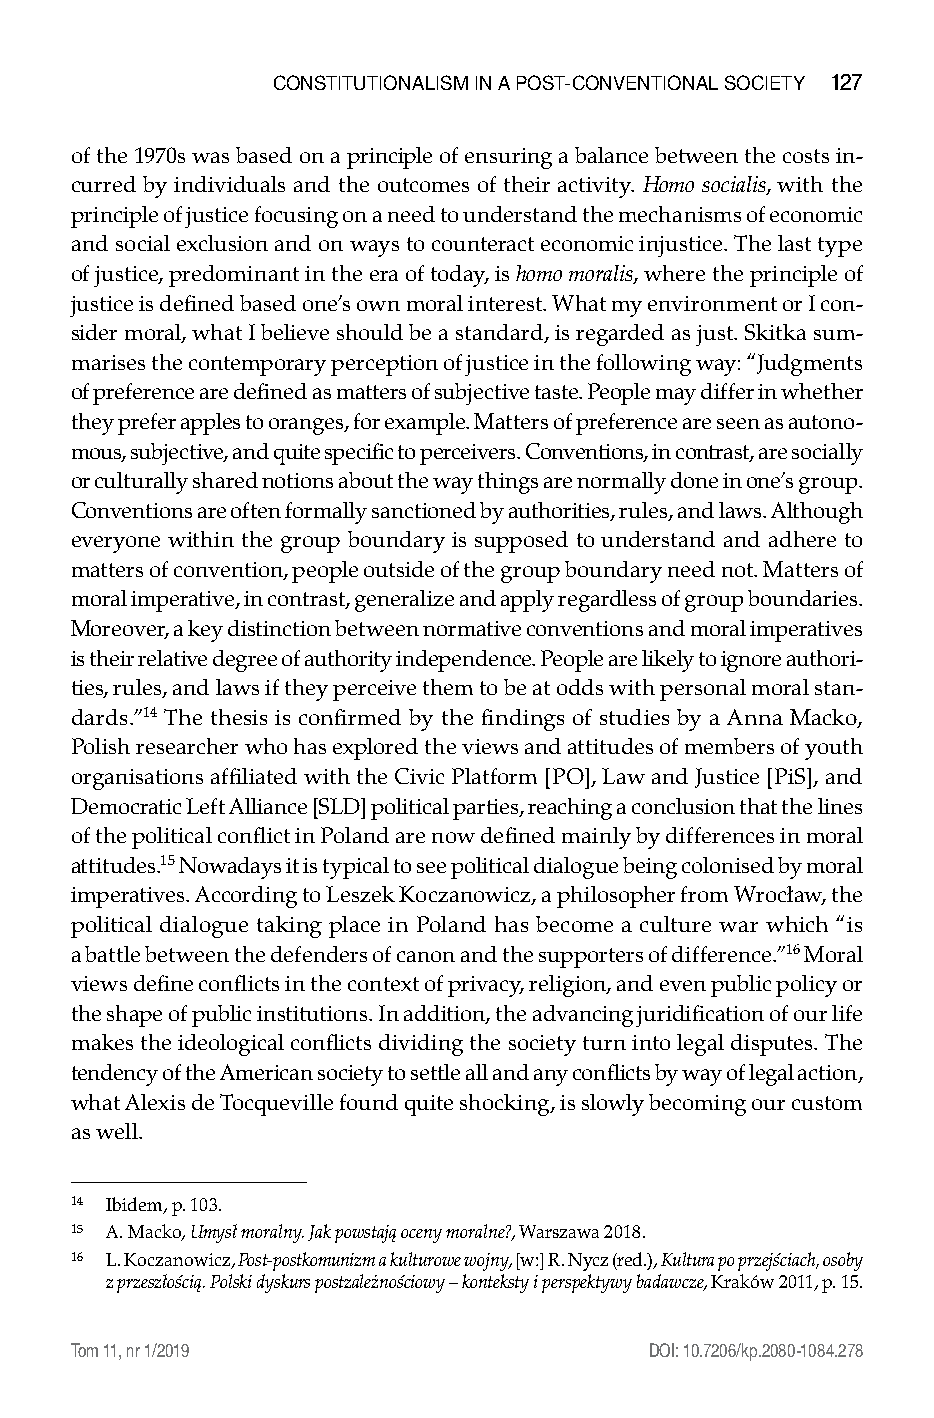
constitutionalisM in a Post-conventional society 127
 of the 1970s was based on a principle of ensuring a balance between the costs in-
 curred by individuals and the outcomes of their activity. Homo socialis, with the
 principle of justice focusing on a need to understand the mechanisms of economic
 and social exclusion and on ways to counteract economic injustice. The last type
 of justice, predominant in the era of today, is homo moralis, where the principle of
 justice is defined based one’s own moral interest. What my environment or I con-
 sider moral, what I believe should be a standard, is regarded as just. Skitka sum-
 marises the contemporary perception of justice in the following way: “Judgments
 of preference are defined as matters of subjective taste. People may differ in whether
 they prefer apples to oranges, for example. Matters of preference are seen as autono-
 mous, subjective, and quite specific to perceivers. Conventions, in contrast, are socially
 or culturally shared notions about the way things are normally done in one’s group.
 Conventions are often formally sanctioned by authorities, rules, and laws. Although
 everyone within the group boundary is supposed to understand and adhere to
 matters of convention, people outside of the group boundary need not. Matters of
 moral imperative, in contrast, generalize and apply regardless of group boundaries.
 Moreover, a key distinction between normative conventions and moral imperatives
 is their relative degree of authority independence. People are likely to ignore authori-
 ties, rules, and laws if they perceive them to be at odds with personal moral stan-
 dards.”14 The thesis is confirmed by the findings of studies by a Anna Macko,
 Polish researcher who has explored the views and attitudes of members of youth
 organisations affiliated with the Civic Platform [PO], Law and Justice [PiS], and
 Democratic Left Alliance [SLD] political parties, reaching a conclusion that the lines
 of the political conflict in Poland are now defined mainly by differences in moral
 attitudes.15 Nowadays it is typical to see political dialogue being colonised by moral
 imperatives. According to Leszek Koczanowicz, a philosopher from Wrocław, the
 political dialogue taking place in Poland has become a culture war which “is
 a battle between the defenders of canon and the supporters of difference.”16 Moral
 views define conflicts in the context of privacy, religion, and even public policy or
 the shape of public institutions. In addition, the advancing juridification of our life
 makes the ideological conflicts dividing the society turn into legal disputes. The
 tendency of the American society to settle all and any conflicts by way of legal action,
 what Alexis de Tocqueville found quite shocking, is slowly becoming our custom
 as well.
 14 Ibidem, p. 103.
 15 A. Macko, Umysł moralny. Jak powstają oceny moralne?, Warszawa 2018.
 16 L. Koczanowicz, Post-postkomunizm a kulturowe wojny, [w:] R. Nycz (red.), Kultura po przejściach, osoby
 z przeszłością. Polski dyskurs postzależnościowy – konteksty i perspektywy badawcze, Kraków 2011, p. 15.
 Tom 11, nr 1/2019                      DOI: 10.7206/kp.2080-1084.278